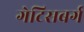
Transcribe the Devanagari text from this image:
गेटिसबर्ग